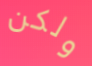
ولكن